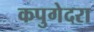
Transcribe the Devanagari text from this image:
कपुगेदरा